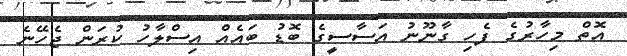
އޮތް މިހާރުގެ ފެހި ގާނޫނު އަސާސީގެ ބޮޑު ބައެއް އިސްލާހު ކުރަން ޖެހޭނެ